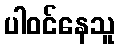
ပါဝင်နေသူ